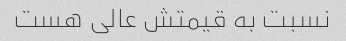
نسبت به قیمتش عالی هست